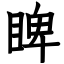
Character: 睥